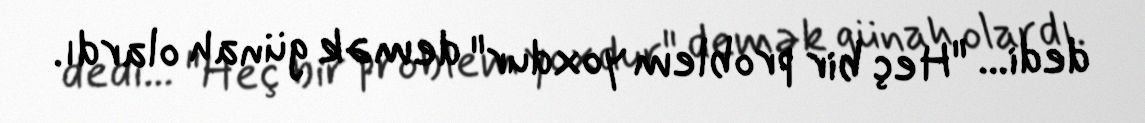
dedi... "Heç bir problem yoxdur" demək günah olardı.